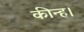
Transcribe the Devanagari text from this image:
कीन्‍ह।